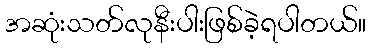
အဆုံးသတ်လုနီးပါးဖြစ်ခဲ့ရပါတယ်။